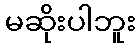
မဆိုးပါဘူး